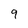
Character: 9